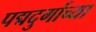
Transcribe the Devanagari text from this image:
पद्मदुर्गाच्या